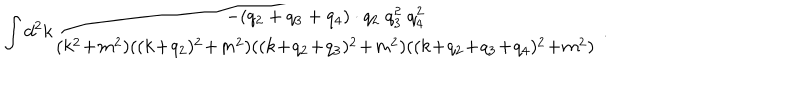
\int d ^ { 2 } k \frac { - ( q _ { 2 } + q _ { 3 } + q _ { 4 } ) \cdot q _ { 2 } \; q _ { 3 } ^ { 2 } \; q _ { 4 } ^ { 2 } } { ( k ^ { 2 } \! + \! m ^ { 2 } ) ( ( k \! + \! q _ { 2 } ) ^ { 2 } \! + \! m ^ { 2 } ) ( ( k \! + \! q _ { 2 } \! + \! q _ { 3 } ) ^ { 2 } \! + \! m ^ { 2 } ) ( ( k \! + \! q _ { 2 } \! + \! q _ { 3 } \! + \! q _ { 4 } ) ^ { 2 } \! + \! m ^ { 2 } ) } \; .